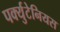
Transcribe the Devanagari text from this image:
पर्क्युटेनियस